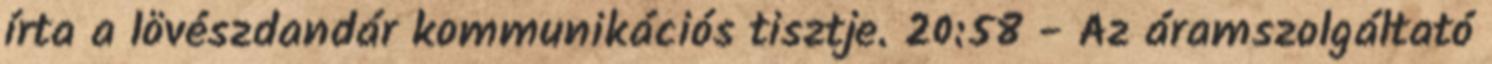
írta a lövészdandár kommunikációs tisztje. 20:58 - Az áramszolgáltató